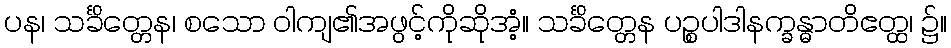
ပန၊ သင်္ခိတ္တေန၊ စသော ဝါကျ၏အဖွင့်ကိုဆိုအံ့။ သင်္ခိတ္တေန ပဉ္စပါဒါနက္ခန္ဓာတိဧတ္ထ၊ ၌။